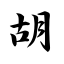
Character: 胡